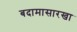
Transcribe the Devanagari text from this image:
बदामासारखा